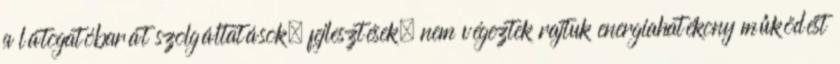
a látogatóbarát szolgáltatások, fejlesztések, nem végeztek rajtuk energiahatékony működést